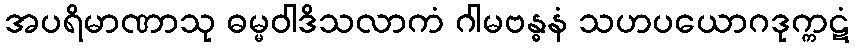
အပရိမာဏာသု ဓမ္မဝါဒိသလာကံ ဂါမဗန္ဓနံ သဟပယောဂဒုက္ကဋံ